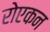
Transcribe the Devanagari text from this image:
रोएकन